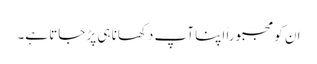
ان کو مجبوراً اپنا آپ دکھانا ہی پڑ جاتا ہے۔